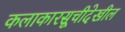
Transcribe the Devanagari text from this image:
कलाकारसूचीदेखील